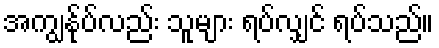
အကျွန်ုပ်လည်း သူများ ရပ်လျှင် ရပ်သည်။